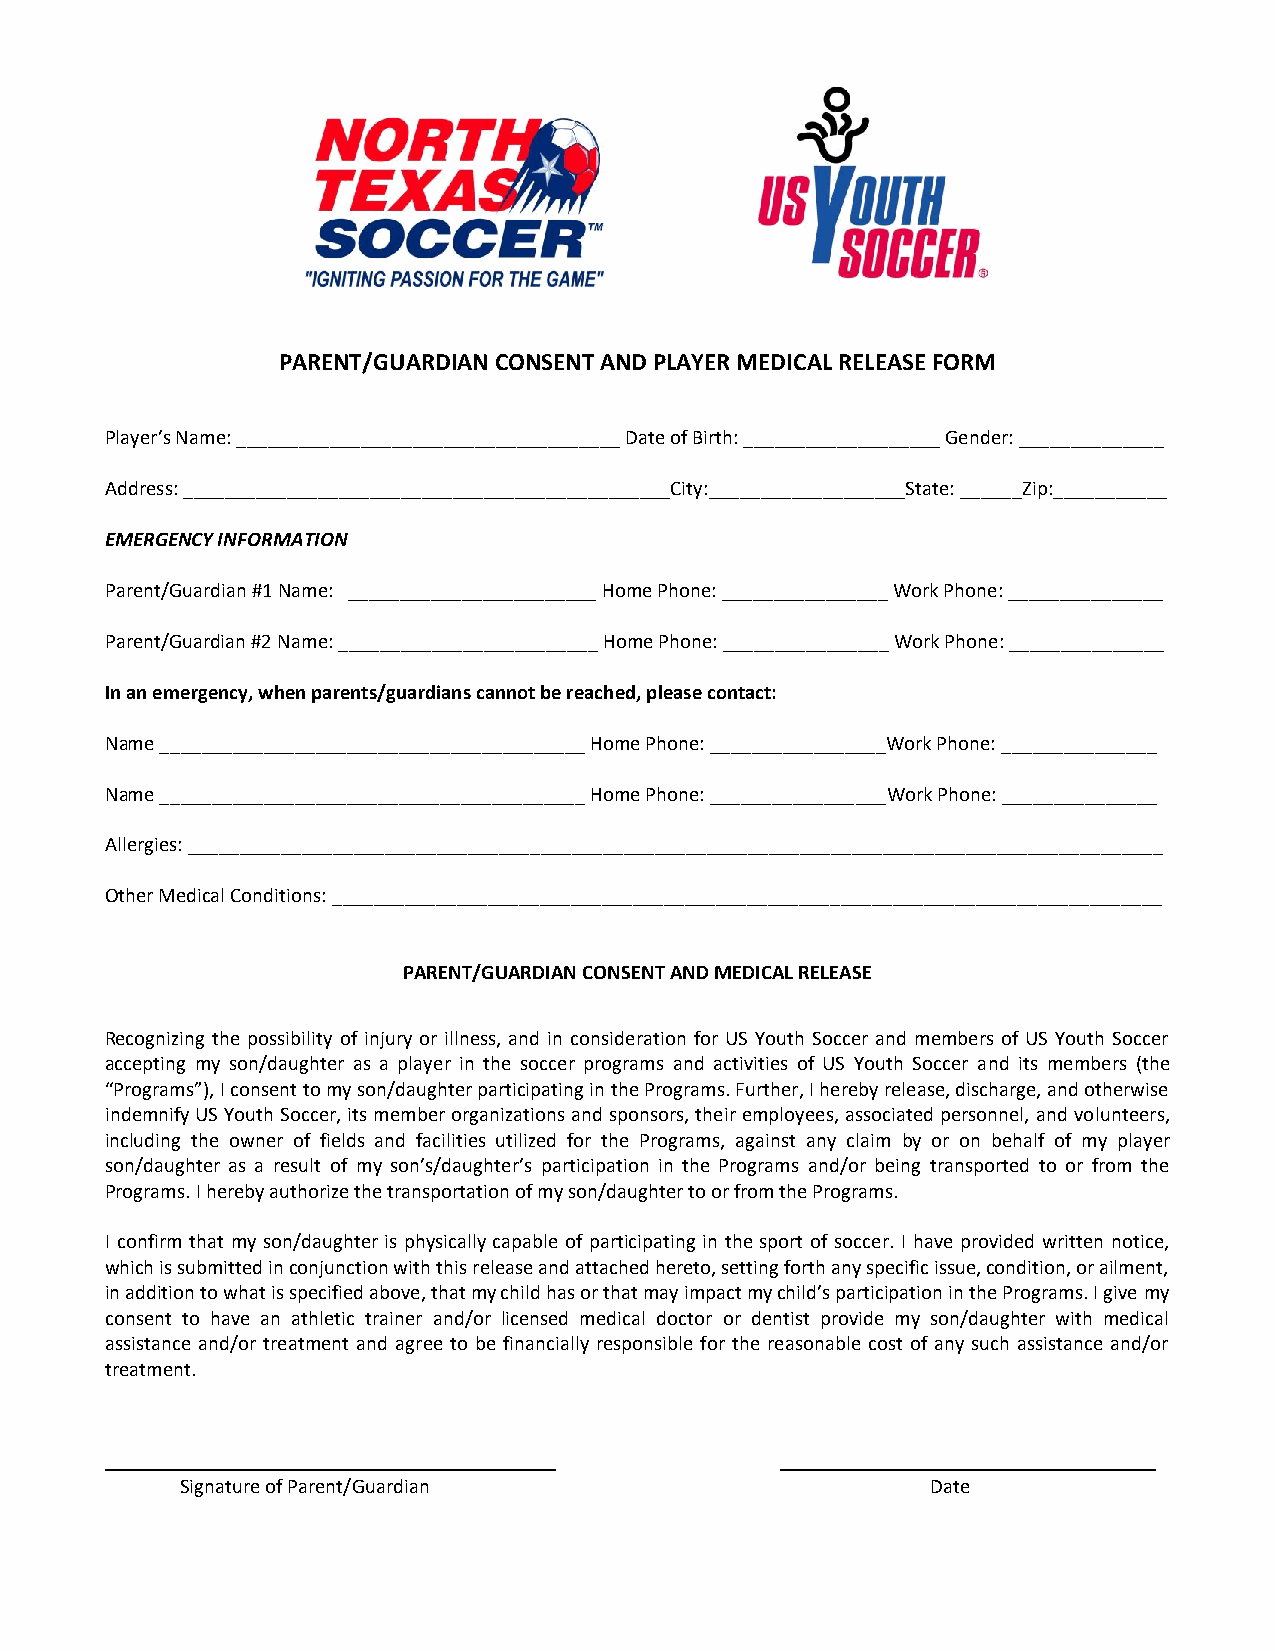
PARENT/GUARDIAN CONSENT AND PLAYER MEDICAL RELEASE FORM
 Player’s Name: _____________________________________ Date of Birth: ___________________ Gender: ______________
 Address: _______________________________________________City:___________________State: ______Zip:___________
 EMERGENCY INFORMATION
 Parent/Guardian #1 Name: ________________________ Home Phone: ________________ Work Phone: _______________
 Parent/Guardian #2 Name: _________________________ Home Phone: ________________ Work Phone: _______________
 In an emergency, when parents/guardians cannot be reached, please contact:
 Name _________________________________________ Home Phone: _________________Work Phone: _______________
 Name _________________________________________ Home Phone: _________________Work Phone: _______________
 Allergies: ______________________________________________________________________________________________
 Other Medical Conditions: ________________________________________________________________________________
 PARENT/GUARDIAN CONSENT AND MEDICAL RELEASE
 Recognizing the possibility of injury or illness, and in consideration for US Youth Soccer and members of US Youth Soccer
 accepting my son/daughter as a player in the soccer programs and activities of US Youth Soccer and its members (the
 “Programs”), I consent to my son/daughter participating in the Programs. Further, I hereby release, discharge, and otherwise
 indemnify US Youth Soccer, its member organizations and sponsors, their employees, associated personnel, and volunteers,
 including the owner of fields and facilities utilized for the Programs, against any claim by or on behalf of my player
 son/daughter as a result of my son’s/daughter’s participation in the Programs and/or being transported to or from the
 Programs. I hereby authorize the transportation of my son/daughter to or from the Programs.
 I confirm that my son/daughter is physically capable of participating in the sport of soccer. I have provided written notice,
 which is submitted in conjunction with this release and attached hereto, setting forth any specific issue, condition, or ailment,
 in addition to what is specified above, that my child has or that may impact my child’s participation in the Programs. I give my
 consent to have an athletic trainer and/or licensed medical doctor or dentist provide my son/daughter with medical
 assistance and/or treatment and agree to be financially responsible for the reasonable cost of any such assistance and/or
 treatment.
 Signature of Parent/Guardian                      Date